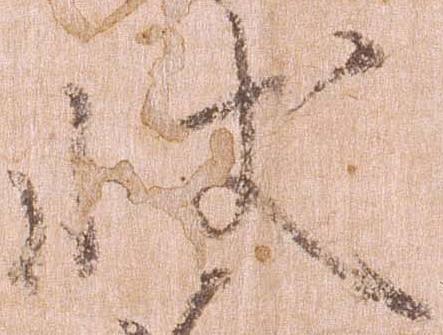
状